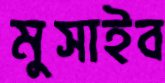
মুসাইব